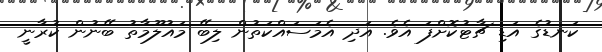
ކަނޑުގެ އަޑި ޗާޓުކޮށްފަ އެވެ. އަދި އެމަސައްކަތުން ލިބޭ މައުލޫމާތު ބޭނުން ކުރާނީ